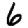
Digit: 6